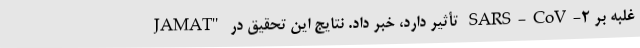
غلبه بر SARS-CoV-۲ تأثیر دارد، خبر داد. نتایج این تحقیق در "JAMAT